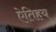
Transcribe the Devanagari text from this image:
ऐतिहय